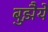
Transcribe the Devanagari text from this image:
बुझैये